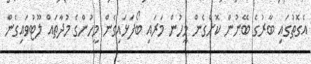
އެގޮތުގައި ބާރުގެ ބޭނުން ކޮށްގެން މީހުން މަރައި ބޯފަޅައިގެން މީހުންގެ މުދާތައް ލޫޓުވައިގެން